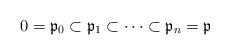
LaTeX: \begin{align*}0=\mathfrak{p}_0\subset \mathfrak{p}_1\subset \cdots \subset \mathfrak{p}_n=\mathfrak{p}\end{align*}